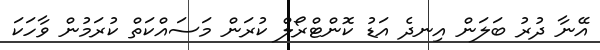
އޭނާ ދުރު ބަލަން އިނދެ އަޑު ކޮންޓްރޯލް ކުރަން މަސައްކަތް ކުރަމުން ވާހަކަ